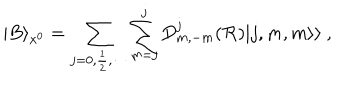
LaTeX: | B \rangle _ { x ^ { 0 } } = \sum _ { j = 0 , \frac { 1 } { 2 } , \cdots } \sum _ { m = j } ^ { j } D _ { m , - m } ^ { j } ( { \cal R } ) | j , m , m \rangle \rangle ~ ,